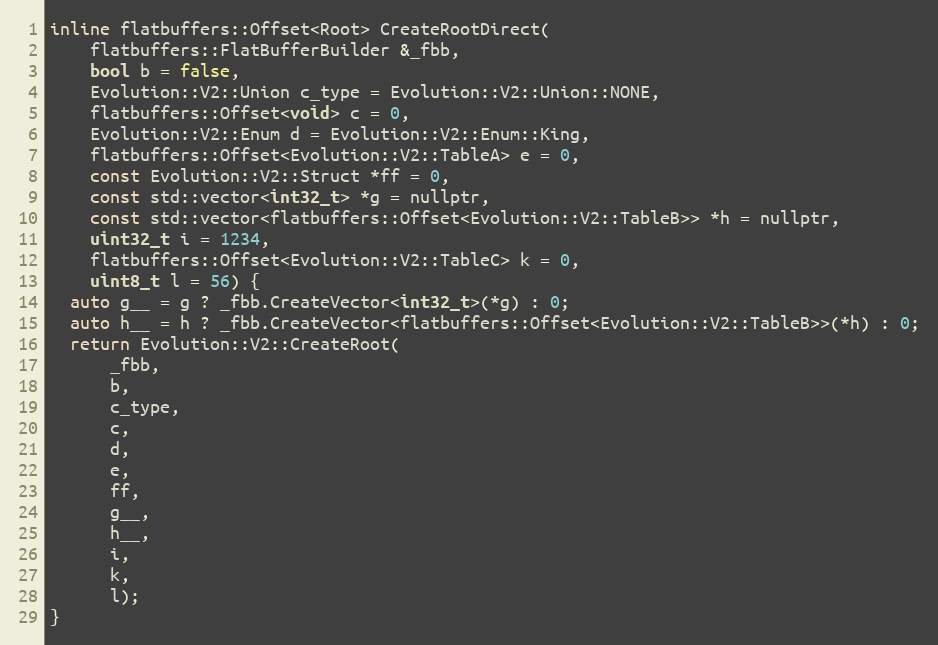
Language: C
inline flatbuffers::Offset<Root> CreateRootDirect(
    flatbuffers::FlatBufferBuilder &_fbb,
    bool b = false,
    Evolution::V2::Union c_type = Evolution::V2::Union::NONE,
    flatbuffers::Offset<void> c = 0,
    Evolution::V2::Enum d = Evolution::V2::Enum::King,
    flatbuffers::Offset<Evolution::V2::TableA> e = 0,
    const Evolution::V2::Struct *ff = 0,
    const std::vector<int32_t> *g = nullptr,
    const std::vector<flatbuffers::Offset<Evolution::V2::TableB>> *h = nullptr,
    uint32_t i = 1234,
    flatbuffers::Offset<Evolution::V2::TableC> k = 0,
    uint8_t l = 56) {
  auto g__ = g ? _fbb.CreateVector<int32_t>(*g) : 0;
  auto h__ = h ? _fbb.CreateVector<flatbuffers::Offset<Evolution::V2::TableB>>(*h) : 0;
  return Evolution::V2::CreateRoot(
      _fbb,
      b,
      c_type,
      c,
      d,
      e,
      ff,
      g__,
      h__,
      i,
      k,
      l);
}